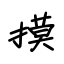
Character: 摸